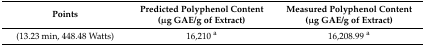
| Points | Predicted Polyphenol Content (μg GAE/g of Extract) | Measured Polyphenol Content (μg GAE/g of Extract) |
 | --- | --- | --- |
 | (13.23 min, 448.48 Watts) | 16,210 a | 16,208.99 a |